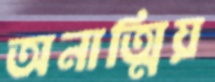
অনাত্মিয়